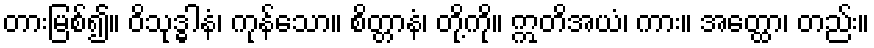
တားမြစ်၍။ ဝိသုဒ္ဓါနံ၊ ကုန်သော။ စိတ္တာနံ၊ တို့ကို။ ဣတိအယံ၊ ကား။ အတ္ထော၊ တည်း။